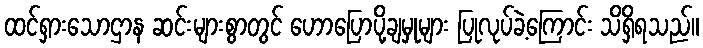
ထင်ရှားသောဌာန ဆင်းများစွာတွင် ဟောပြောပို့ချမှုများ ပြုလုပ်ခဲ့ကြောင်း သိရှိရသည်။